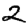
Digit: 2